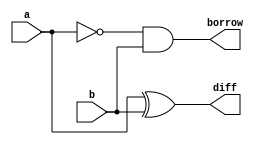
//design

module sub(input a,b,
           output reg diff,borrow);
  always@(a,b)
    begin
      diff=a^b;
      borrow=~a&b;
    end
endmodule

//testbench

module tb;
  reg a,b;
  wire diff,borrow;
  integer i;
  sub sb1(a,b,diff,borrow);
   initial begin
      a<=0;
      b<=0;
     $monitor("%0t a=%b b=%b Difference=%b Borrow=%b",$time,a,b,diff,borrow);

       for (i=0;i<4;i++)
         begin
           {a,b}=i;
           #10;
         end
     end
  initial
    begin
      $dumpfile("dump.vcd");
      $dumpvars();
    end
endmodule